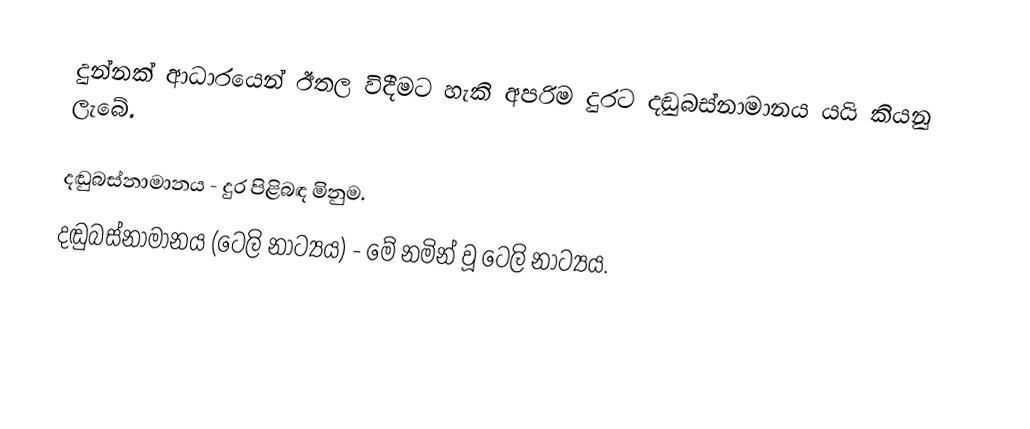
දුන්නක් ආධාරයෙන් ඊතල විදීමට හැකි අපරිම දුරට දඬුබස්නාමානය යයි කියනු ලැබේ.

 දඬුබස්නාමානය - දුර පිළිබඳ මිනුම.
 දඬුබස්නාමානය (ටෙලි නාට්‍යය) - මේ නමින් වූ ටෙලි නාට්‍යය.